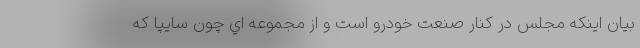
بيان اينكه مجلس در كنار صنعت خودرو است و از مجموعه اي چون سايپا كه